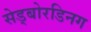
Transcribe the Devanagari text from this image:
सेड्बोरडिनग